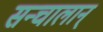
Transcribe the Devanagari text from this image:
सन्चालान्